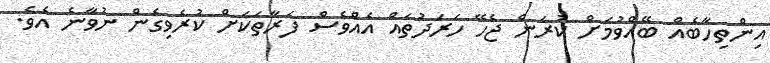
އިންތިހާބެއް ބޭއްވުމަށް ކުރަން ޖެހޭ ހަރަދުތައް އެއްވެސް ފަރާތަކަށް ކުރެވިގެން ނުވާނެ އެވެ.